Plague in India, 1896, 1897 - Volume 2
Year: 1896
Disease focus: Plague
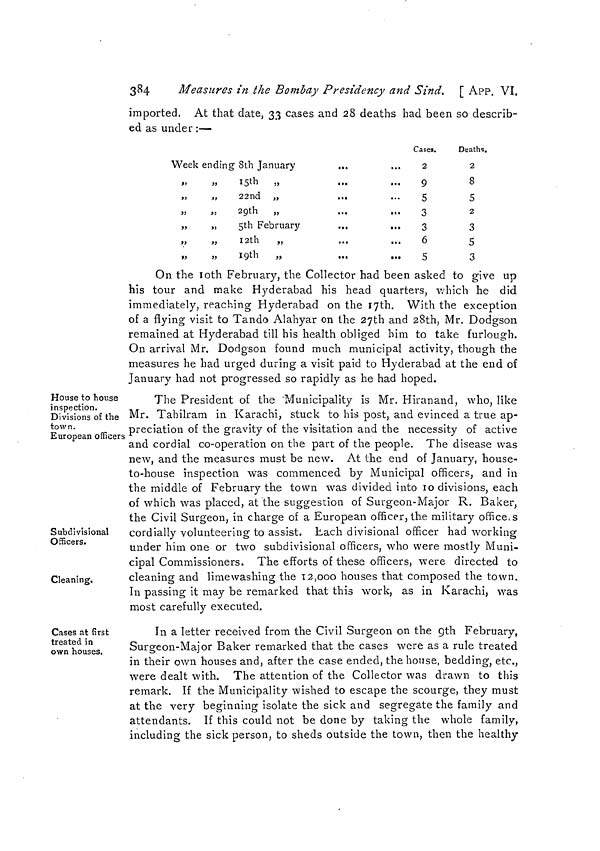
384
Measures in the Bombay Presidency and Sind. [ APP. VI.
imported. At that date, 33 cases and 28 deaths had been so describ-
ed as under :—
Week ending 8th January
,.,
»
»
15th
„
„
„
22nd
„
...
„
„
29th
„
„
„
5th February
...
„
„
1 2th
„
»
»
19th
„
Cases.
2
9
5
3
3
6
5
Deaths.
2
8
5
2
3
5
3
On the 10th February, the Collector had been asked to give up
his tour and make Hyderabad his head quarters, which he did
immediately, reaching Hyderabad on the 17th. With the exception
of a flying visit to Tando Alahyar on the 27th and 28th, Mr. Dodgson
remained at Hyderabad till his health obliged him to take furlough.
On arrival Mr. DoHgson found much municipal activity, though the
measures he had urged during a visit paid to Hyderabad at the end of
January had not progressed so rapidly as he had hoped.
House to house
inspection.
Divisions of the
town.
European officers
The President of the Municipality is Mr. Hiranand, who, like
Mr. Tahilram in Karachi, stuck to his post, and evinced a true ap-
preciation of the gravity of the visitation and the necessity of active
and cordial co-operation on the part of the people. The disease was
new, and the measures must be new. At the end of January, house-
to-house inspection was commenced by Municipal officers, and in
the middle of February the town was divided into 10 divisions, each
of which was placed, at the suggestion of Surgeon-Major R. Baker,
the Civil Surgeon, in charge of a European officer, the military office, s
Subdivisional
Officers.
cordially volunteering to assist. Lach divisional officer had working
under him one or two subdivisional officers, who were mostly Muni-
cipal Commissioners. The efforts of these officers, were directed to
Cleaning.
cleaning and limewashing the 12,000 houses that composed the town.
In passing it may be remarked that this work, as in Karachi, was
most carefully executed.
Cases at first
treated in
own houses.
In a letter received from the Civil Surgeon on the 9th February,
Surgeon-Major Baker remarked that the cases were as a rule treated
in their own houses and, after the case ended, the house, bedding, etc.,
were dealt with. The attention of the Collector was drawn to this
remark. If the Municipality wished to escape the scourge, they must
at the very beginning isolate the sick and segregate the family and
attendants. If this could not be done by taking the whole family,
including the sick person, to sheds outside the town, then the healthy